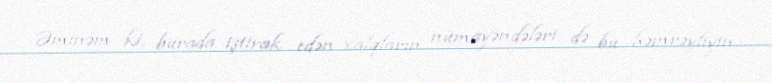
Əminəm ki, burada iştirak edən xalqların nümayəndələri də bu həmrəyliyin